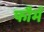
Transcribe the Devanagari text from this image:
फौर्म